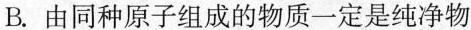
B.由同种原子组成的物质一定是纯净物